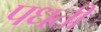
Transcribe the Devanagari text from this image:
पधती